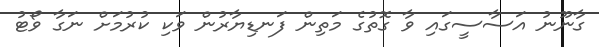
ގާނޫނު އަސާސީގައި ވާ ގޮތުގެ މަތިން ފަނޑިޔާރުން ވަކި ކުރުމަށް ނަގާ ވޯޓު